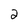
Character: 2